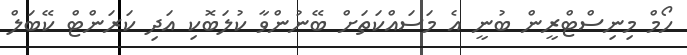
ހޯމް މިނިސްޓްރީން ބުނީ އެ މަސައްކަތަށް ބޭނުންވާ ކުލަބޮކި އަދި ކަރަންޓް ކޭބަލް